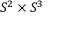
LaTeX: S ^ { 2 } \times S ^ { 3 }